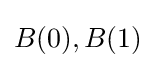
B(0),B(1)